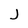
Character: J